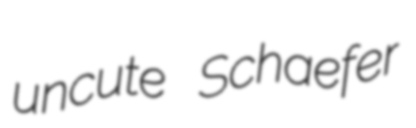
uncute Schaefer